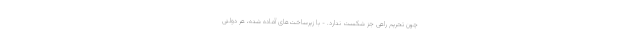
چون تحریم راهی جز شکست ندارد. - با زیرساخت‌های آماده شده، هر دولتی